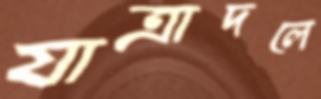
যাত্রাদলে